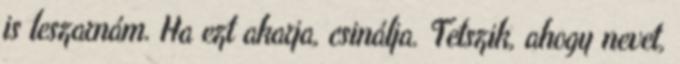
is leszarnám. Ha ezt akarja, csinálja. Tetszik, ahogy nevet,